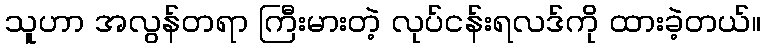
သူဟာ အလွန်တရာ ကြီးမားတဲ့ လုပ်ငန်းရလဒ်ကို ထားခဲ့တယ်။